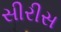
સીરીસ